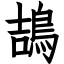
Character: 鴶